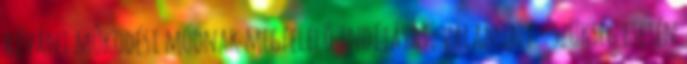
kívánt mûködési módnak megfelelõ indítását, valamint - szükség esetén